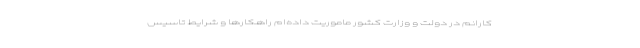
کارانم در دولت و وزارت کشور ماموریت داده‌ام راهکارها و شرایط تاسیس